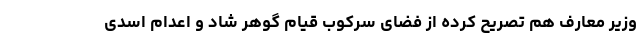
وزیر معارف هم تصریح کرده از فضای سرکوب قیام گوهر شاد و اعدام اسدی